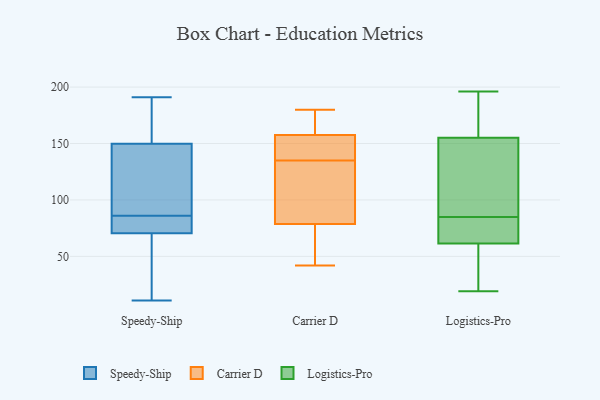
{"axis": {"x": "Operating Costs (USD K)", "y": "Value"}, "legend": ["Carrier D", "Logistics-Pro", "Speedy-Ship"], "data": [{"x": "", "y": 143, "type": "Speedy-Ship"}, {"x": "", "y": 123, "type": "Speedy-Ship"}, {"x": "", "y": 153, "type": "Speedy-Ship"}, {"x": "", "y": 187, "type": "Speedy-Ship"}, {"x": "", "y": 75, "type": "Speedy-Ship"}, {"x": "", "y": 152, "type": "Speedy-Ship"}, {"x": "", "y": 86, "type": "Speedy-Ship"}, {"x": "", "y": 11, "type": "Speedy-Ship"}, {"x": "", "y": 56, "type": "Speedy-Ship"}, {"x": "", "y": 81, "type": "Speedy-Ship"}, {"x": "", "y": 191, "type": "Speedy-Ship"}, {"x": "", "y": 75, "type": "Speedy-Ship"}, {"x": "", "y": 69, "type": "Speedy-Ship"}, {"x": "", "y": 61, "type": "Speedy-Ship"}, {"x": "", "y": 143, "type": "Speedy-Ship"}, {"x": "", "y": 64, "type": "Carrier D"}, {"x": "", "y": 77, "type": "Carrier D"}, {"x": "", "y": 42, "type": "Carrier D"}, {"x": "", "y": 135, "type": "Carrier D"}, {"x": "", "y": 161, "type": "Carrier D"}, {"x": "", "y": 147, "type": "Carrier D"}, {"x": "", "y": 167, "type": "Carrier D"}, {"x": "", "y": 133, "type": "Carrier D"}, {"x": "", "y": 84, "type": "Carrier D"}, {"x": "", "y": 180, "type": "Carrier D"}, {"x": "", "y": 141, "type": "Carrier D"}, {"x": "", "y": 79, "type": "Logistics-Pro"}, {"x": "", "y": 58, "type": "Logistics-Pro"}, {"x": "", "y": 166, "type": "Logistics-Pro"}, {"x": "", "y": 102, "type": "Logistics-Pro"}, {"x": "", "y": 73, "type": "Logistics-Pro"}, {"x": "", "y": 66, "type": "Logistics-Pro"}, {"x": "", "y": 196, "type": "Logistics-Pro"}, {"x": "", "y": 91, "type": "Logistics-Pro"}, {"x": "", "y": 33, "type": "Logistics-Pro"}, {"x": "", "y": 19, "type": "Logistics-Pro"}, {"x": "", "y": 143, "type": "Logistics-Pro"}, {"x": "", "y": 170, "type": "Logistics-Pro"}, {"x": "", "y": 147, "type": "Logistics-Pro"}, {"x": "", "y": 176, "type": "Logistics-Pro"}, {"x": "", "y": 22, "type": "Logistics-Pro"}, {"x": "", "y": 113, "type": "Logistics-Pro"}, {"x": "", "y": 66, "type": "Logistics-Pro"}, {"x": "", "y": 31, "type": "Logistics-Pro"}, {"x": "", "y": 65, "type": "Logistics-Pro"}, {"x": "", "y": 163, "type": "Logistics-Pro"}]}